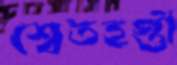
শ্বেতহস্তী